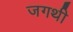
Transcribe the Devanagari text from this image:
जगथी